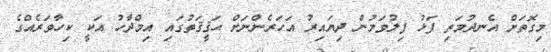
މިގޮތަށް އެނދުމަތި ފަޅު ފިލުވަމުން ދިޔައިރު އަހަރެންނަށް ޙަޤީޤަތުގައި އިމްދާހު އަކީ ކިހާވަރެއްގެ